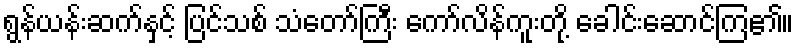
ရွန်ယန်းဆက်နှင့် ပြင်သစ် သံတော်ကြီး ကော်လိန်ကူးတို့ ခေါင်းဆောင်ကြ၏။